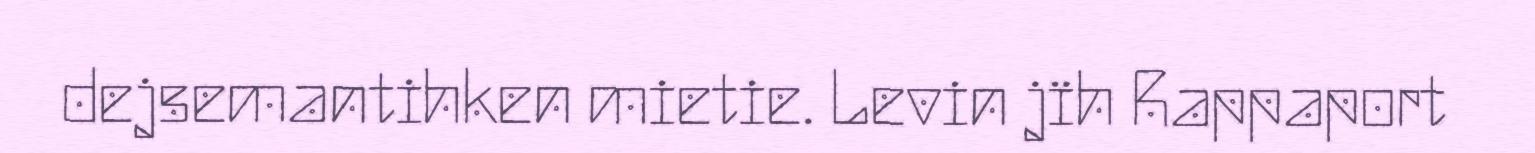
dejsemantihken mietie. Levin jïh Rappaport